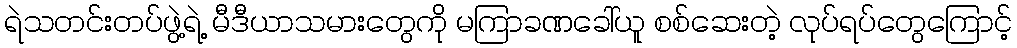
ရဲသတင်းတပ်ဖွဲ့ရဲ့ မီဒီယာသမားတွေကို မကြာခဏခေါ်ယူ စစ်ဆေးတဲ့ လုပ်ရပ်တွေကြောင့်